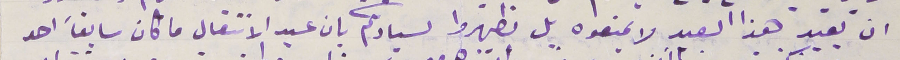
ان يعيد هذا العيد لا يمنعوه بل يظهروا لسيادتكم بان عيد الانتقال ما كان سابقاً احد